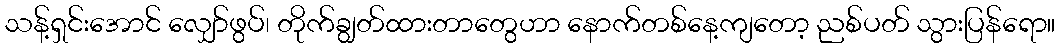
သန့်ရှင်းအောင် လျှော်ဖွပ်၊ တိုက်ချွတ်ထားတာတွေဟာ နောက်တစ်နေ့ကျတော့ ညစ်ပတ် သွားပြန်ရော။